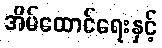
အိမ်ထောင်ရေးနှင့်